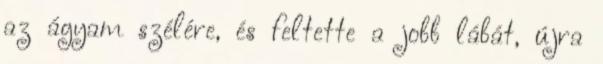
az ágyam szélére, és feltette a jobb lábát, újra